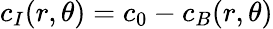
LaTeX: c_{I}(r,\theta)=c_{0}-c_{B}(r,\theta)